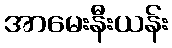
အာမေးနီးယန်း